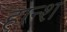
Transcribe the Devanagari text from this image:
हान्श